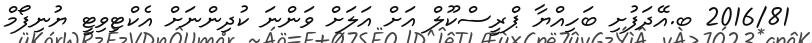
2016/81 ބ.އޭދަފުށި ބަހިއްޔާ ޕްރީސްކޫލް އަށް އަލަށް ވަންނަ ކުދިންނަށް އެކްޓިވިޓީ ޔުނިފޯމް